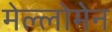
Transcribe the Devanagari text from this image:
मेल्लोमेन